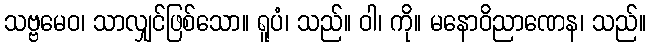
သဗ္ဗမေဝ၊ သာလျှင်ဖြစ်သော။ ရူပံ၊ သည်။ ဝါ၊ ကို။ မနောဝိညာဏေန၊ သည်။